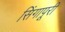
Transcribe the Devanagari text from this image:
सिंगापूरी